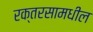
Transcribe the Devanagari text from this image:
रक्तरसामधील